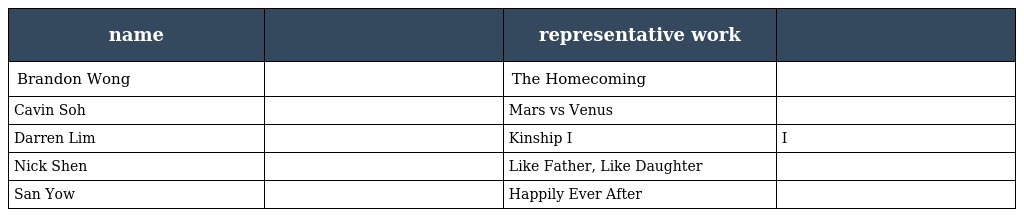
| name | 姓名 | representative work | 代表作品 |
 | --- | --- | --- | --- |
 | Brandon Wong | 黄炯耀 | The Homecoming | 十三鞭 |
 | Cavin Soh | 苏智诚 | Mars vs Venus | 幸福双人床 |
 | Darren Lim | 林明伦 | Kinship I | 手足I |
 | Nick Shen | 沈炜竣 | Like Father, Like Daughter | 宝贝父女兵 |
 | San Yow | 姚玟隆 | Happily Ever After | 凡间新仙人 |